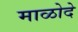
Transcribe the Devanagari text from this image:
माळोदे